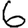
Digit: 6